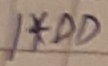
Text: 1*DD